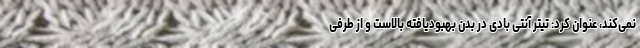
نمی‌کند، عنوان کرد: تیتر آنتی بادی در بدن بهبودیافته بالاست و از طرفی